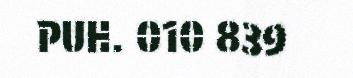
PUH. 010 839